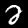
Digit: 2